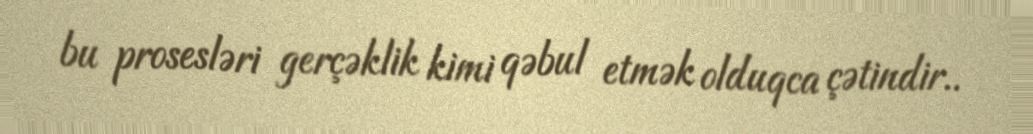
bu prosesləri gerçəklik kimi qəbul etmək olduqca çətindir..